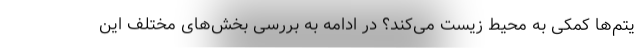
یتم‌ها کمکی به محیط زیست می‌کند؟ در ادامه به بررسی بخش‌های مختلف این